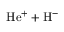
\mathrm { H e ^ { + } + H ^ { - } }